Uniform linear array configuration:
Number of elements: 64
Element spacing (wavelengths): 1
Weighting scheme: exponential
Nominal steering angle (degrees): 30
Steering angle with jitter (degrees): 31.767
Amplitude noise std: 0.05
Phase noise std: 0.05

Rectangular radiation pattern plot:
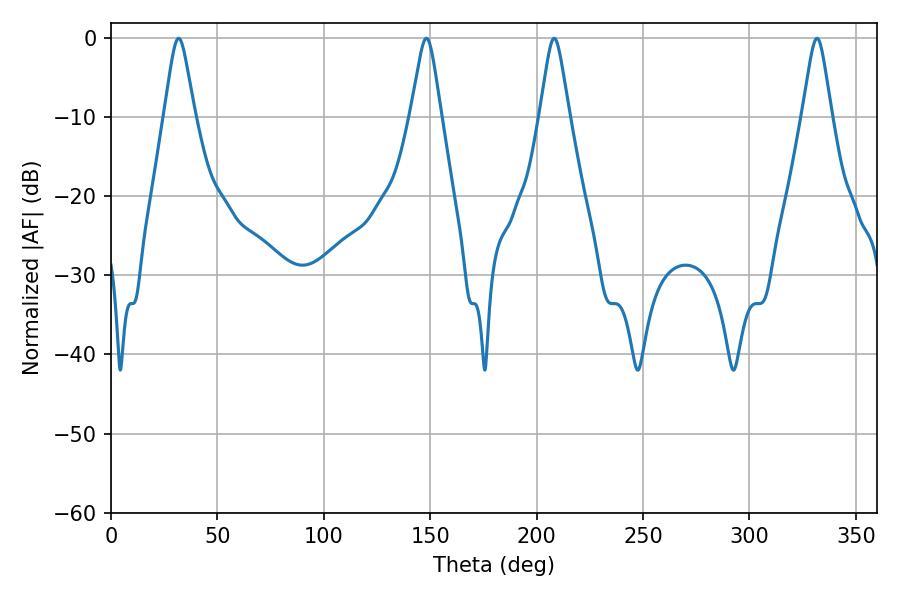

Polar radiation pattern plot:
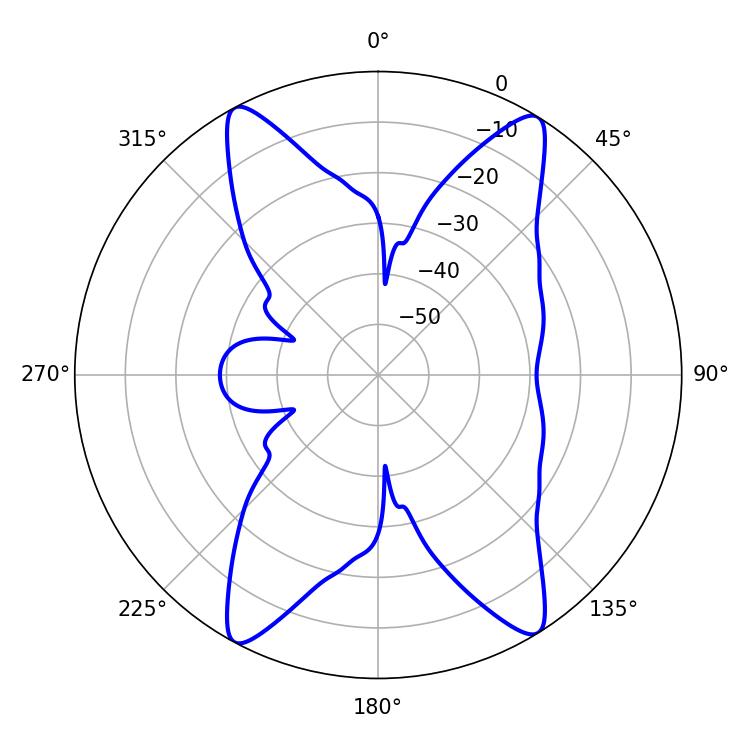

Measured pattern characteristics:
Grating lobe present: TRUE
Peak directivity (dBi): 18.898
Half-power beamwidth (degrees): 6.48
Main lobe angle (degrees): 208.26